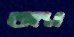
অ্যা